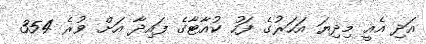
އަދި އެއީ މިދިޔަ އަހަރުގެ ފަހު ކުއާޓާގެ ފައިދާ އަށް ވުރެ 354